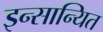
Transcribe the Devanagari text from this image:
इन्सान्यित